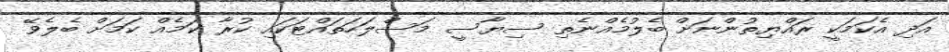
އަދި އެކަމަކީ ރައްޔިތުންނަށް ބެލުމެއްނެތި ސިޔާސީ މަސްލަހަތައްޓަކައި ކުރާ ކަމެއް ކަމަށް ބެލެވޭ